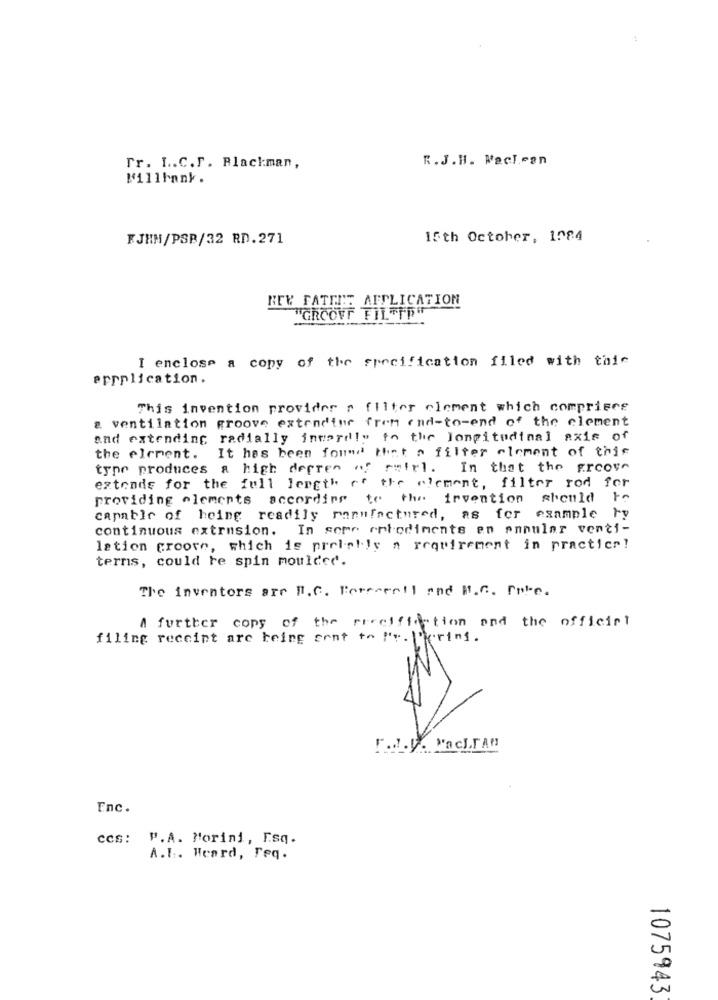
R. J. H. Macl.con
Tr. I.C.F. Blackman,
Mi11hank.
FJHM/PSB/32 RD.271
15th October, 1984
NEW FATTET APPLICATION
GROOVE FILTER
I enclose a copy of the specification filed with this
errplication.
This invention provider s filter clement which comprisce
a ventilation groove extendine frem end-to-end of the element
and extending radially incordio to the longitudinal axis of
It has been forme that a filter element of this
the element.
typo produces a high degree of refel. In that the groove
extends for the full length of the element, filter rod for
providing elements according to the invention should to
capable of heing readily manufactured, as for example ry
continuous extrusion. In some erbodiments en annular venti-
lation groove, which is preis !! y a requirement in practice!
terms, could re spin moulded.
The inventors are Il.C. Forserell and B.C. Pole.
A further copy of the riceification and the official
filing receipt are being sent to Pr.Prins.
[ .. . y. Nachran
Enc.
ccs: P.A. Morini, Esq.
A.I. Heard, Feq.
1075943